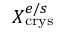
X _ { \mathrm { c r y s } } ^ { e / s }